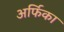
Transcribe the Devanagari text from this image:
अर्फिका